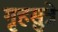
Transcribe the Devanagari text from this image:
गृहसुत्रे